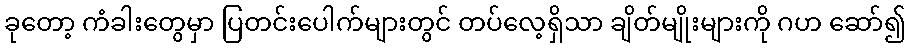
ခုတော့ ကံခါးတွေမှာ ပြတင်းပေါက်များတွင် တပ်လေ့ရှိသာ ချိတ်မျိုးများကို ဂဟ ဆော်၍